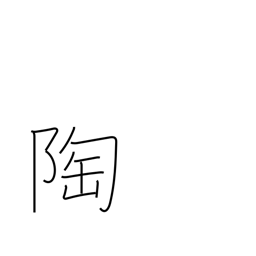
Meaning: pottery